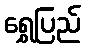
ရွှေပြည်